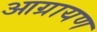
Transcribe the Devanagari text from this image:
आग्रायण